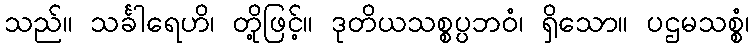
သည်။ သင်္ခါရေဟိ၊ တို့ဖြင့်။ ဒုတိယသစ္စပ္ပဘဝံ၊ ရှိသော။ ပဌမသစ္စံ၊